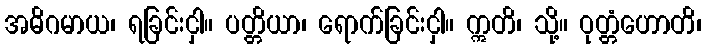
အဓိဂမာယ၊ ရခြင်းငှါ။ ပတ္တိယာ၊ ရောက်ခြင်းငှါ။ ဣတိ၊ သို့။ ဝုတ္တံဟောတိ၊